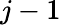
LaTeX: j-1